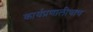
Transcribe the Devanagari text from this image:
कार्यप्रणालीचाच